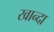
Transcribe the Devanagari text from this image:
खान्दा